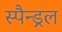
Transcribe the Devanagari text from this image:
स्पैन्ड्रल